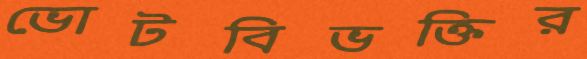
ভোটবিভক্তির